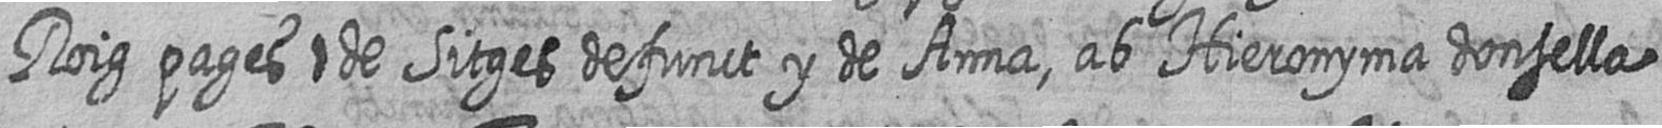
Roig pages # de Sitges defunct y de Anna ab Hieronyma donsella